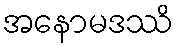
အနောမဒဿိ